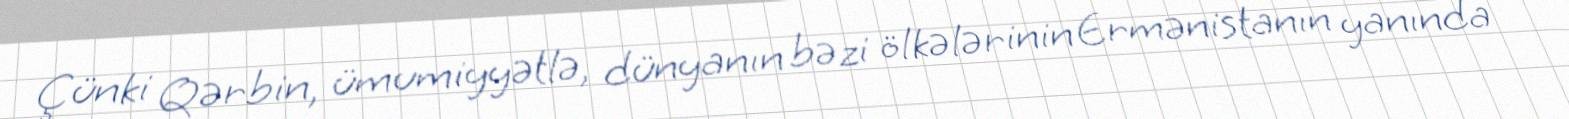
Çünki Qərbin, ümumiyyətlə, dünyanın bəzi ölkələrinin Ermənistanın yanında